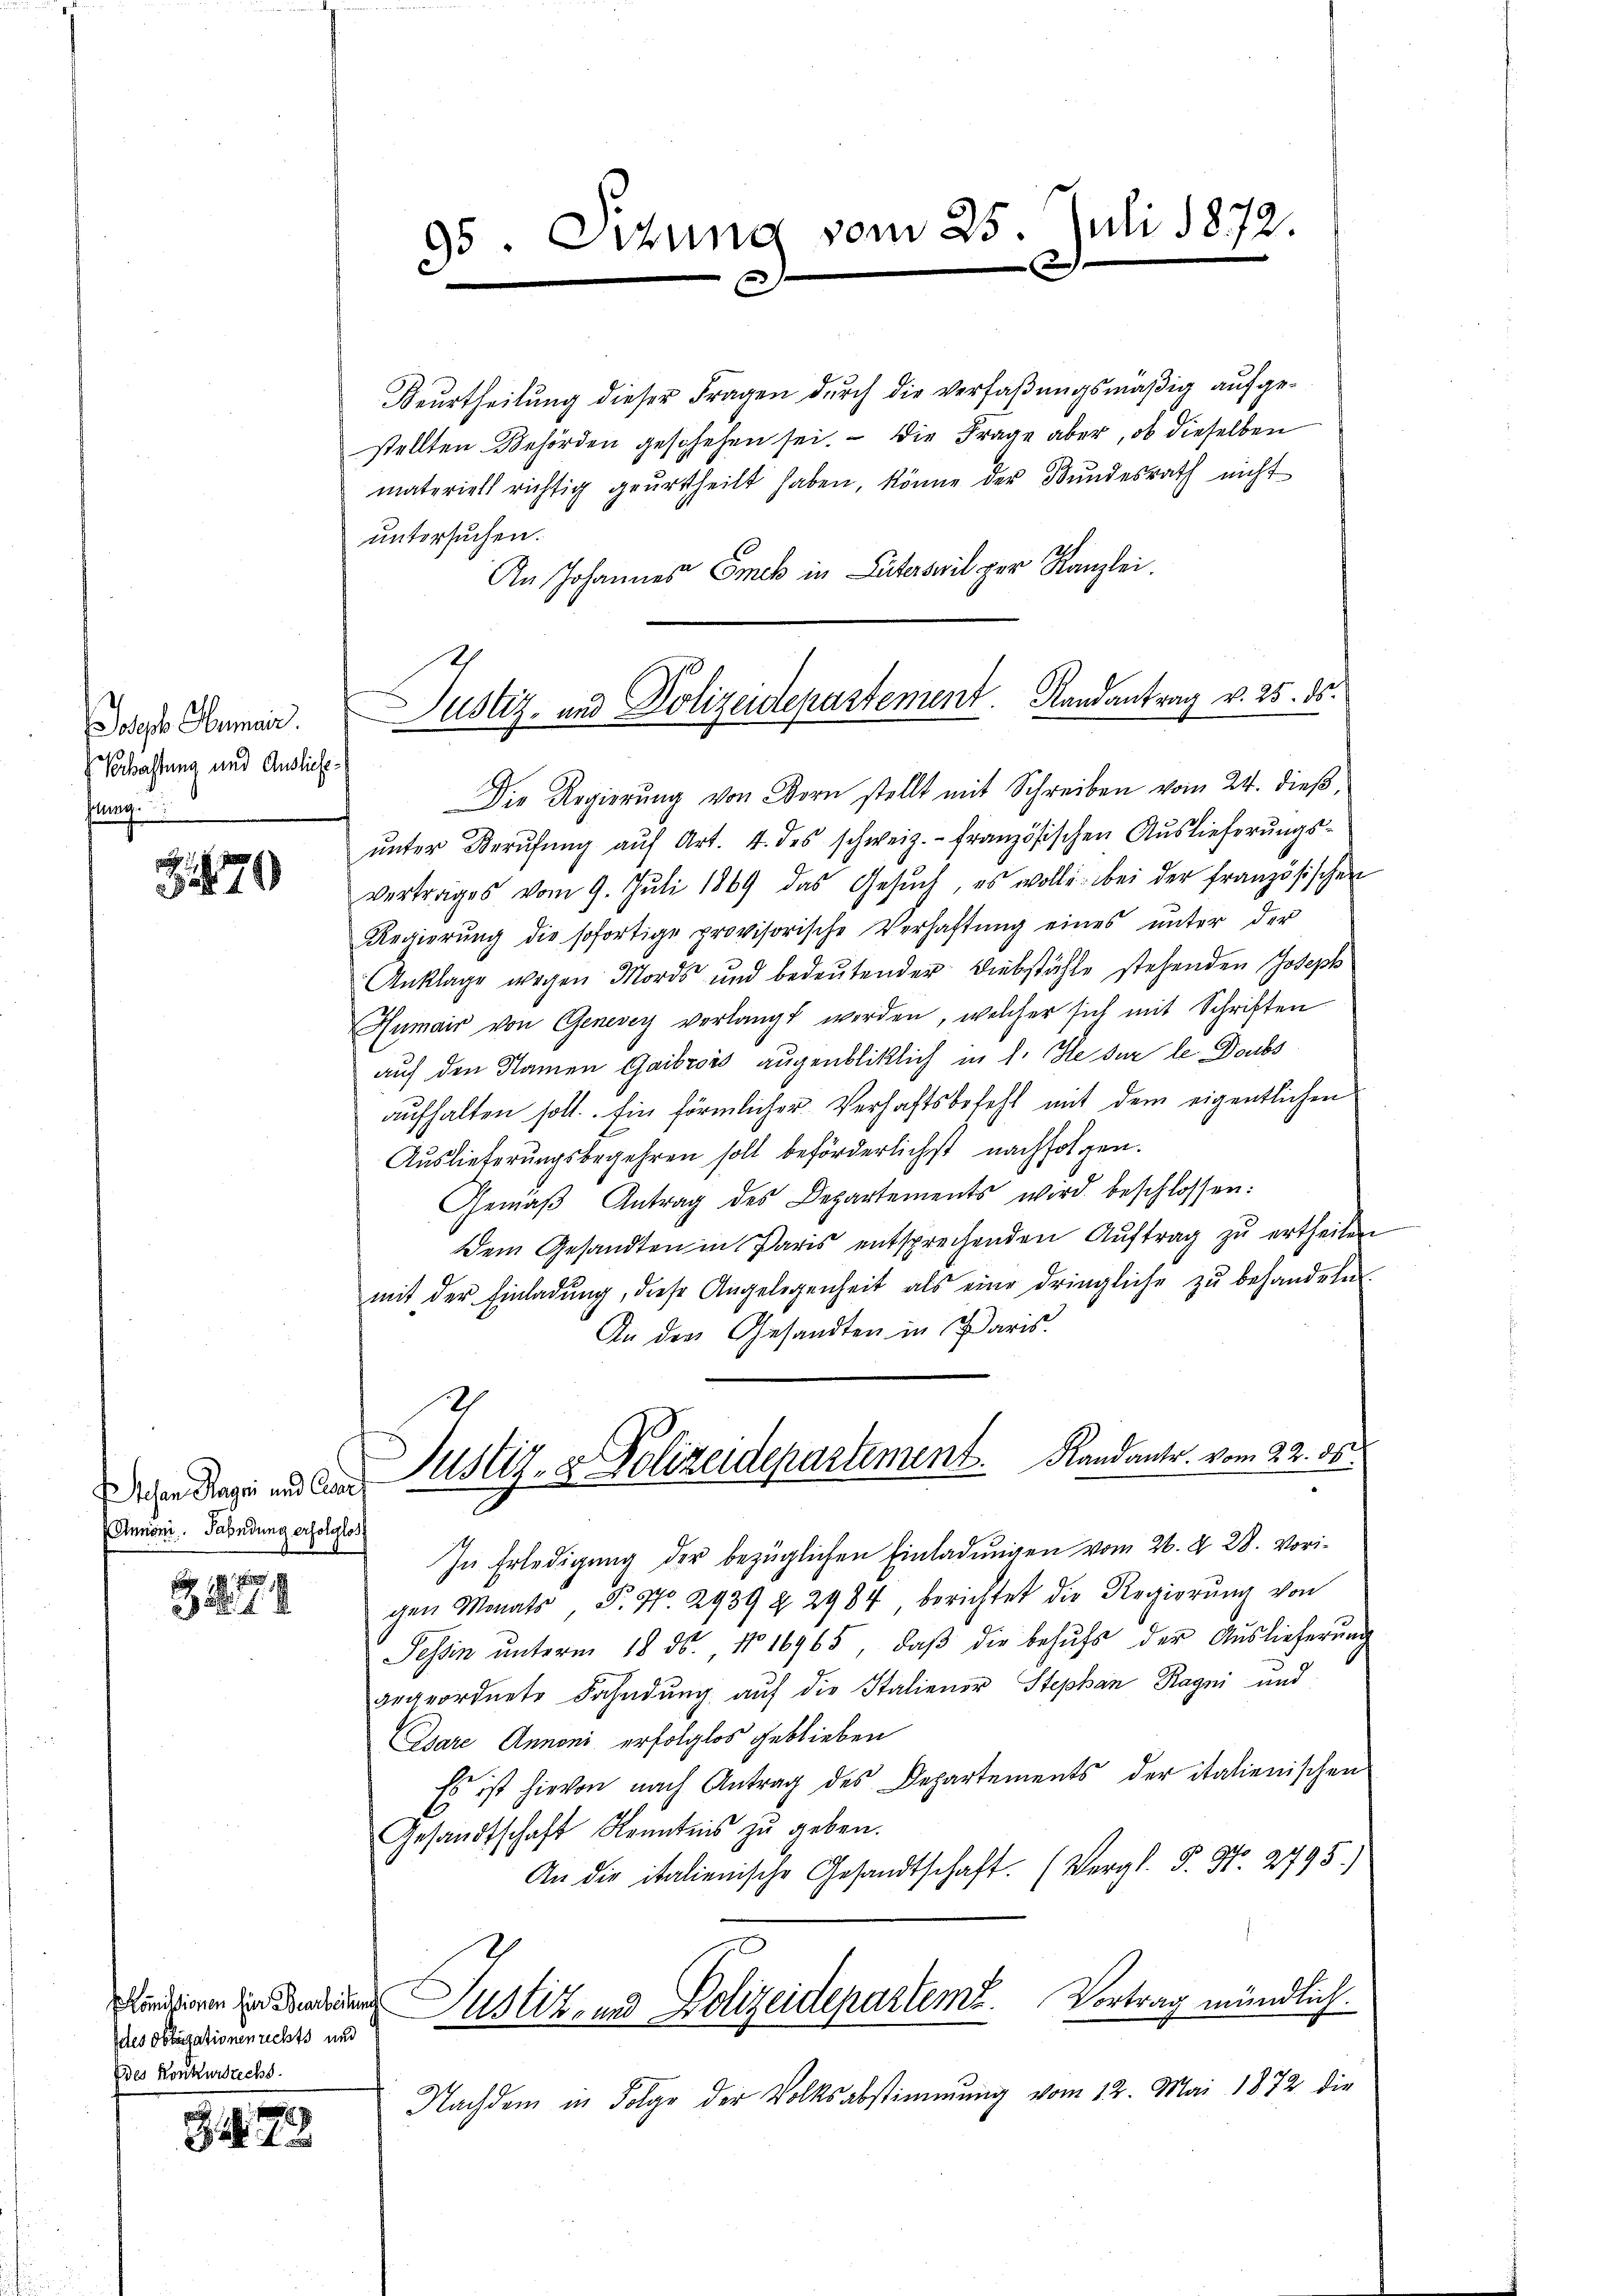
Jab Gemein
Sochachtung und Auslichhlung

70

Annoni. Fahndung erfolglos

27

Ites obligationenrechts und
Ddes Konkursrechs

J. 79

Beurtheilung dieser Fragen durch die verfaßungsmäßig aufgestellten Behörden geschehen sei. — Die Frage aber, ob dieselben
materiell richtig geŭrtheilt haben, könne der Bundesrath nicht
untersuchen.
An Johannes Emck in Literswil per Kanzlei.
Die Regierung von Born stellt mit Schreiben vom 24. dieß,
ŭnter Berŭfŭng aŭf Art. 4. des schweiz.- französischen Aŭslieferŭngs-
vertrages vom 9. Jŭli 1869 das Gesŭch, es wolle bei der französischen
Regierŭng die sofortige provisorische Verhaftŭng eines ŭnter der
Anklage wegen Mordes und bedeŭtender Diebstähle stehenden Joseph
Humair von Genevey verlangt werden, welcher sich mit Schriften
auf den Namen Gaibrois augenbliklich in 1. Se sur le Doubs
aŭfhalten soll. Ein förmlicher Verhaftsbefehl mit dem eigentlichen
Auslieferungsbegehren soll beförderlichst nachfolgen.
Gemäβ Antrag des Departements wird beschlossen:
dem Gesandten in Paris entsprechenden Aŭftrag zŭ ertheilen
mit der Einladŭng, diese Angelegenheit als eine dringliche zŭ behandeln.
An der Gesandten in Paris.
esen Tage und der Justiz- & Polizeidepartement. Randanter. vom 22. ds.
In Erledigung der bezüglichen Einladungen vom 26. d. 28. Vorigen Monats P. Nr. 2939 § 2984 berichtet die Regierŭng von
Tessin ŭnterm 18. ds. No 16965, daβ die behŭfs der Auslieferŭng
gegeordnete Fahndung auf die Italiener Stephan Ragni und
Osare Annoni erfolglos geblieben
Es ist hievon nach Antrag des Departements der italienischen
Gesandtschaft Kenntnis zu geben.
An die italienische Gesandtschaft. (Vergl. P. Nr. 2795.)
Kündigen die Aenden Justiz- und Polizeideparteme. Vortrag mündlich.
Nachdem in Folge der Volksabstimmung vom 12. Mai 1872 die

95. Octung vom 25. Juli 1872.
e
u

7
Justiz- und Polizeidepartement. Randantrag v. 25. ds.